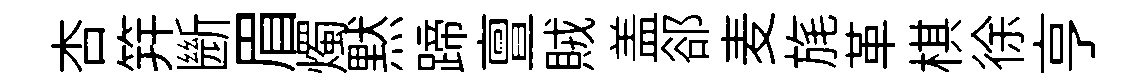
杏笄㫁眉燭黙蹄亶賊盖郤麦旄革棋徐亨